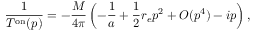
\frac { 1 } { T ^ { \mathrm { { o n } } } ( p ) } = - \frac { M } { 4 \pi } \left( - \frac { 1 } { a } + \frac { 1 } { 2 } r _ { e } p ^ { 2 } + O ( { p ^ { 4 } } ) - i p \right) ,